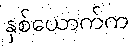
နှစ်ယောက်က